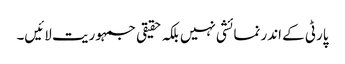
پارٹی کے اندر نمائشی نہیں بلکہ حقیقی جمہوریت لائیں۔